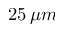
2 5 \, \mu m